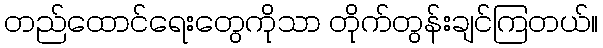
တည်ထောင်ရေးတွေကိုသာ တိုက်တွန်းချင်ကြတယ်။